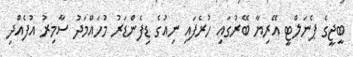
ބީޖީގެ ޕެނަލްޓީ އޭރިޔާ ބޭރުގައި ހުރެފައި ނިއުގެ ޑިފެންޑަރު މުހައްމަދު ސާމިރު އުފެއްދި